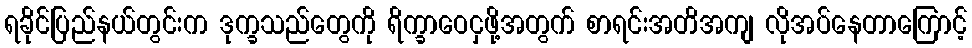
ရခိုင်ပြည်နယ်တွင်းက ဒုက္ခသည်တွေကို ရိက္ခာဝေငှဖို့အတွက် စာရင်းအတိအကျ လိုအပ်နေတာကြောင့်